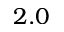
2 . 0